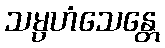
သမ္ပဟံသေန္တေ